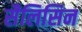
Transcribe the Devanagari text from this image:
सैलिसिन